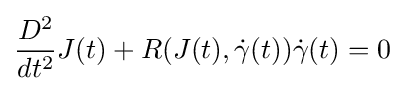
{\frac {D^{2}}{dt^{2}}}J(t)+R(J(t),{\dot {\gamma }}(t)){\dot {\gamma }}(t)=0